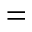
=